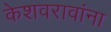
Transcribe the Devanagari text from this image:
केशवरावांना